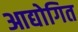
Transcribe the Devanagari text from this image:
आद्योगित